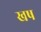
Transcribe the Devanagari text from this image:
खष